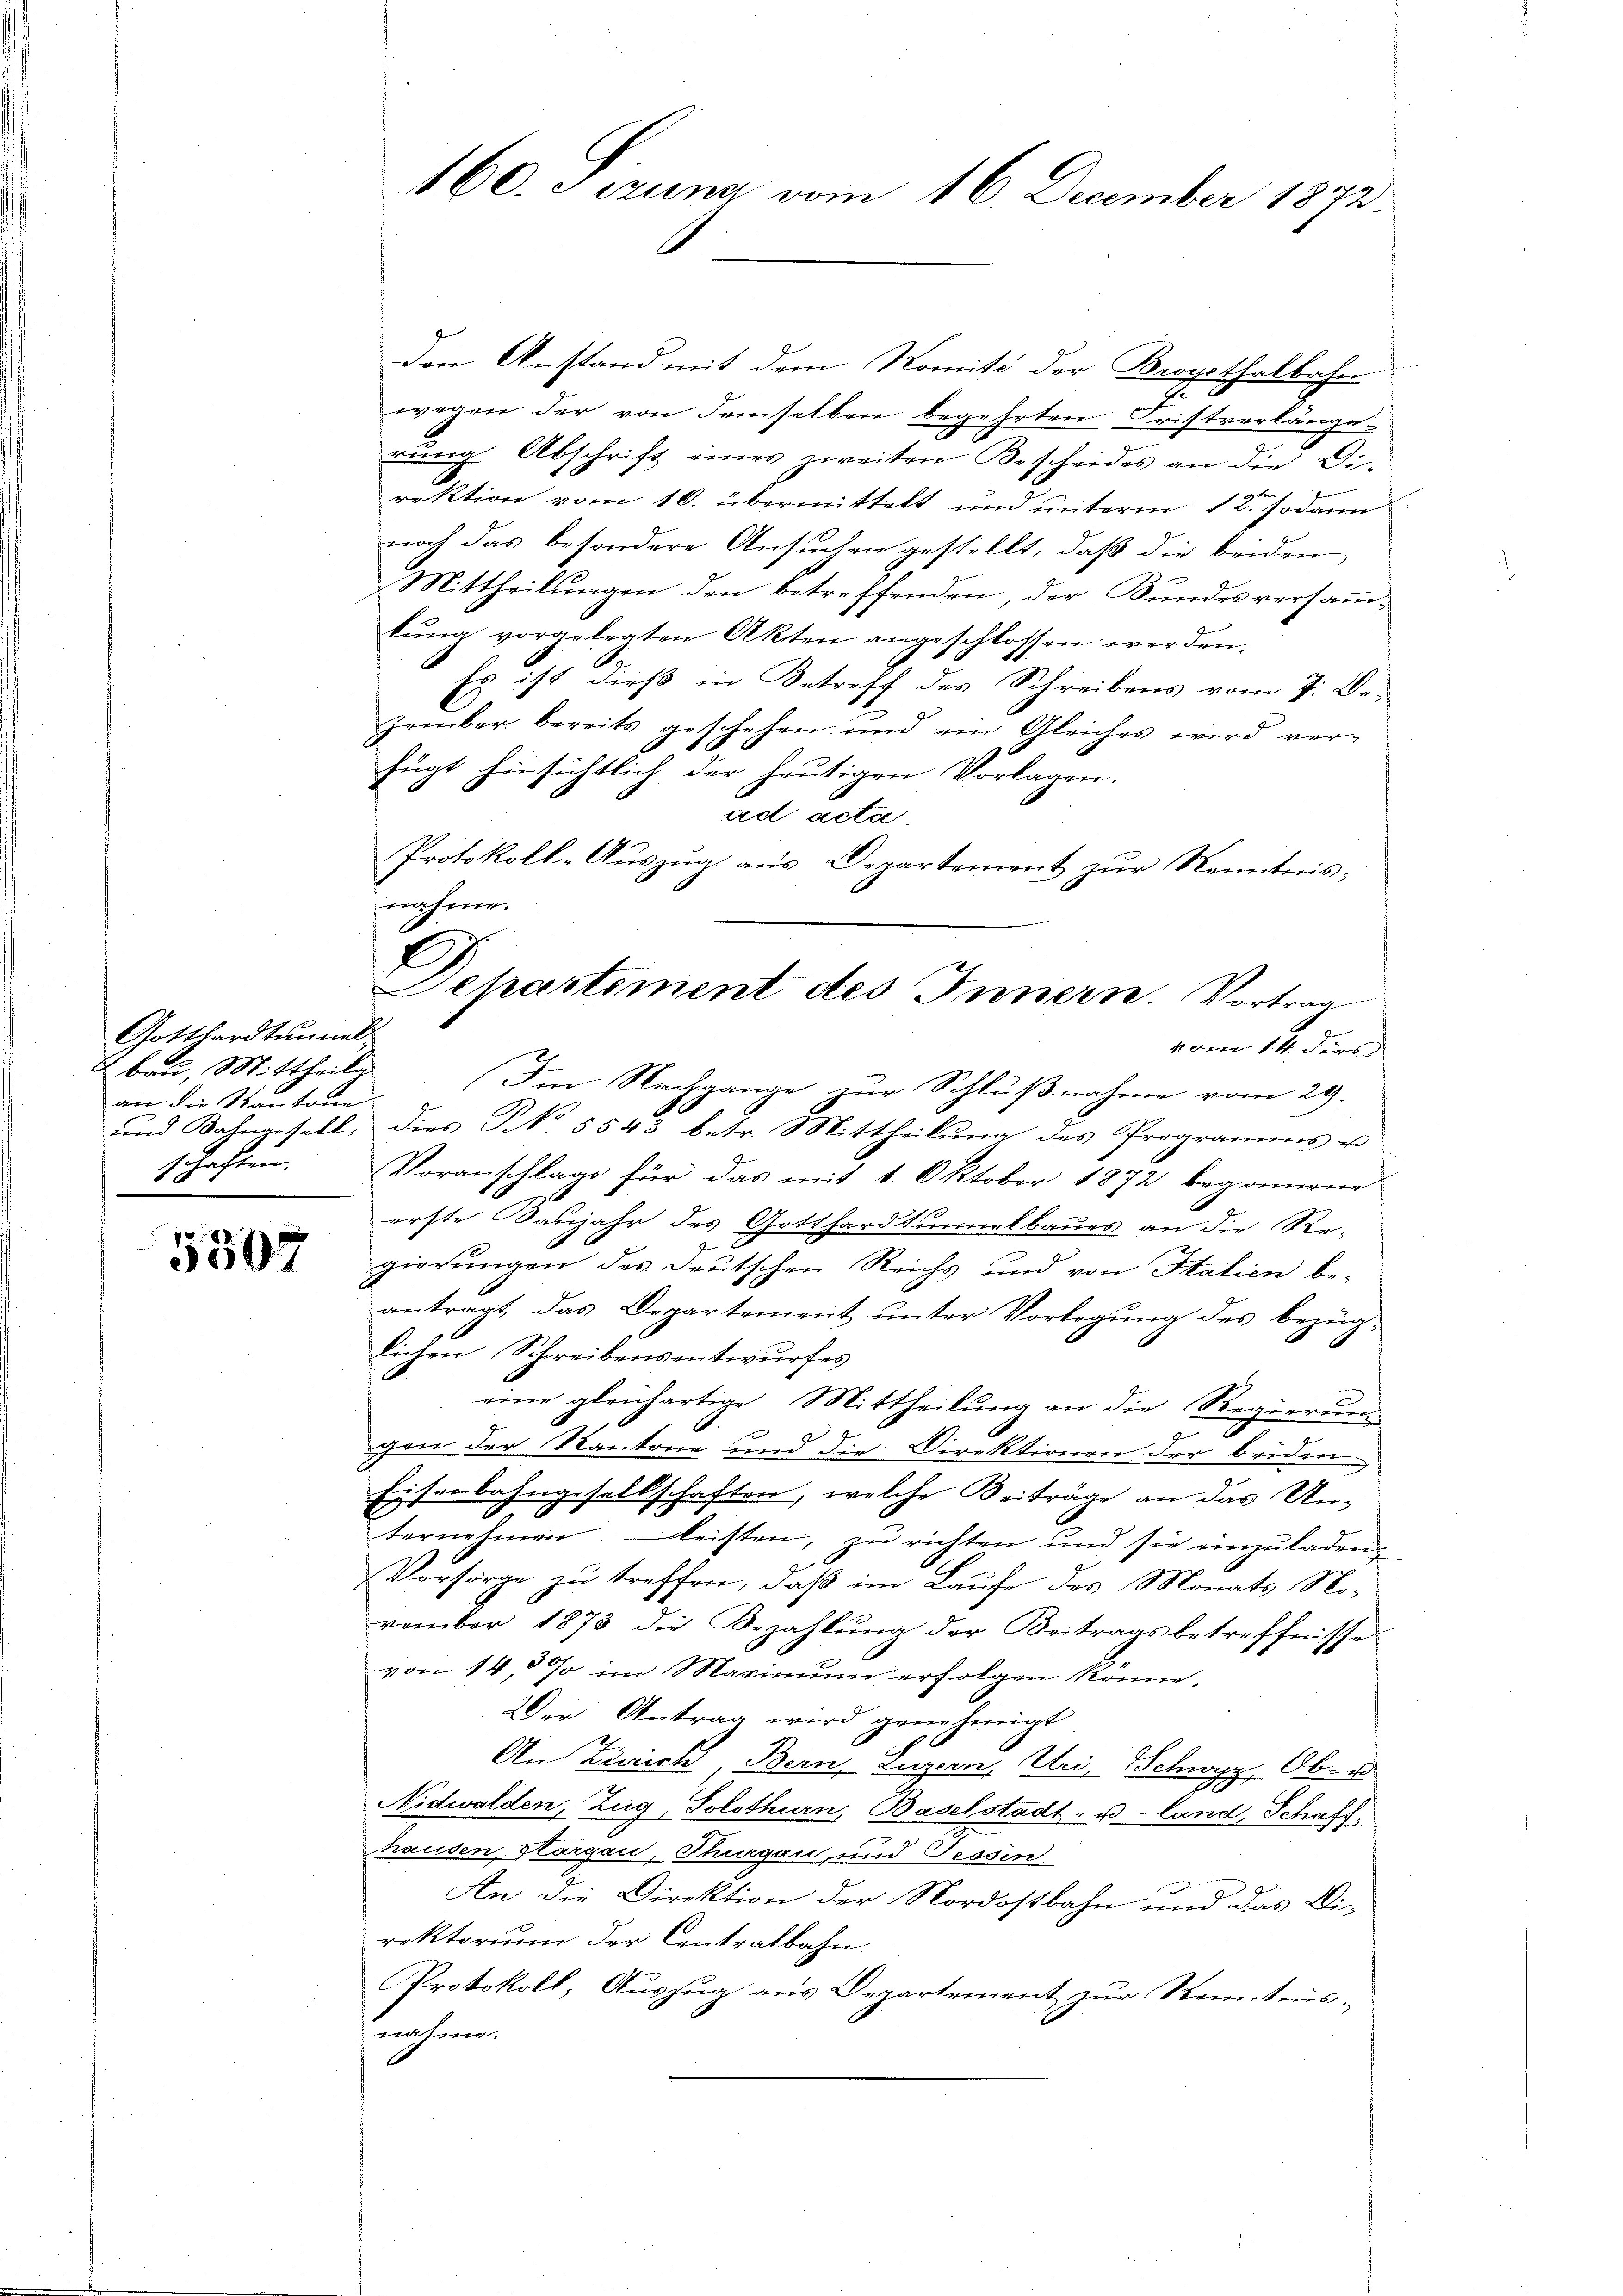
Gotthardtunnel
bau, Mittheile
an die Kantone
und Bahngesell:

5307

160. Sizung vom 16. December 1872.

den Anstand mit dem Nomité der Brogothalbahn
E
wegen der von demselben begehrten Fristverlänge
rung Abschrift eines zweiten Bescheides an die Di-
rektion vom 10. übermittelt und unterm 12. sodann
noch das besondere Ansuchen gestellt, daß die beiden
Mittheilŭngen den betreffenden, der Bŭndes versaṁ-
lŭng vorgelegten Akten angeschlossen werden.
Es ist dieß in Betreff des Schreibens vom 7. De
zember bereits geschehen und ein Gleiches wird ver-
fügt hinsichtlich der heutigen Vorlagen.
ad acta
Protokoll-Auszug aus Departement zur Kenntnisnahme.
schaften. Voranschlags für das mit 1. Oktober 1872 begonnene
erste Banjahr des Gotthardtunnelbaues an die Re-
gierungen des deutschen Reichs und von Italien be-
antragt, das Departement unter Vorlegung des bezüg-
lichen Schreibensentwurfes
a
eine gleichartige Mittheilung an die Regierung
I
u
gen der Kantone und die Direktionen der beiden
Eisenbahngesellschaften, welche Beiträge an das Unternehmen. leisten, zu richten und sie einzuladen,
Vorsorge zu treffen, daß im Laufe des Monats November 1873 die Bezahlŭng der Beitragsbetreffnisse
von 14,8% im Maximum erfolgen könne.
Der Antrag wird genehmigt
An Zürich Bern, Luzern, Uri, Schwyz, Ob-
Nidwalden, Zug, Solothurn, Baselstadt- u. Land, Schaff
hausen, Hargau, Thurgau, und Tessin
An die Direktion der Nordostbahn und das Wirektorium der Contralbahn.
Protokoll, Auszug aus Departement zur Kenntnis-
nahme.

D
Departement des Innern. Vortrag
vom 14. ders
Im Nachgange zur Schlußnahme vom 29.
dies No. 5543 betr. Mittheilung des Programms u